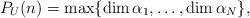
LaTeX: \begin{align*}P_{U}(n)=\max\{\dim \alpha_{1}, \dotsc,\dim \alpha_{N}\},\end{align*}